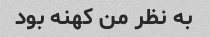
به نظر من کهنه بود